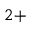
^ { 2 + }